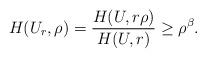
LaTeX: \begin{align*}H(U_r,\rho)= \frac{H(U,r\rho)}{H(U, r)} \geq \rho^{\beta}.\end{align*}